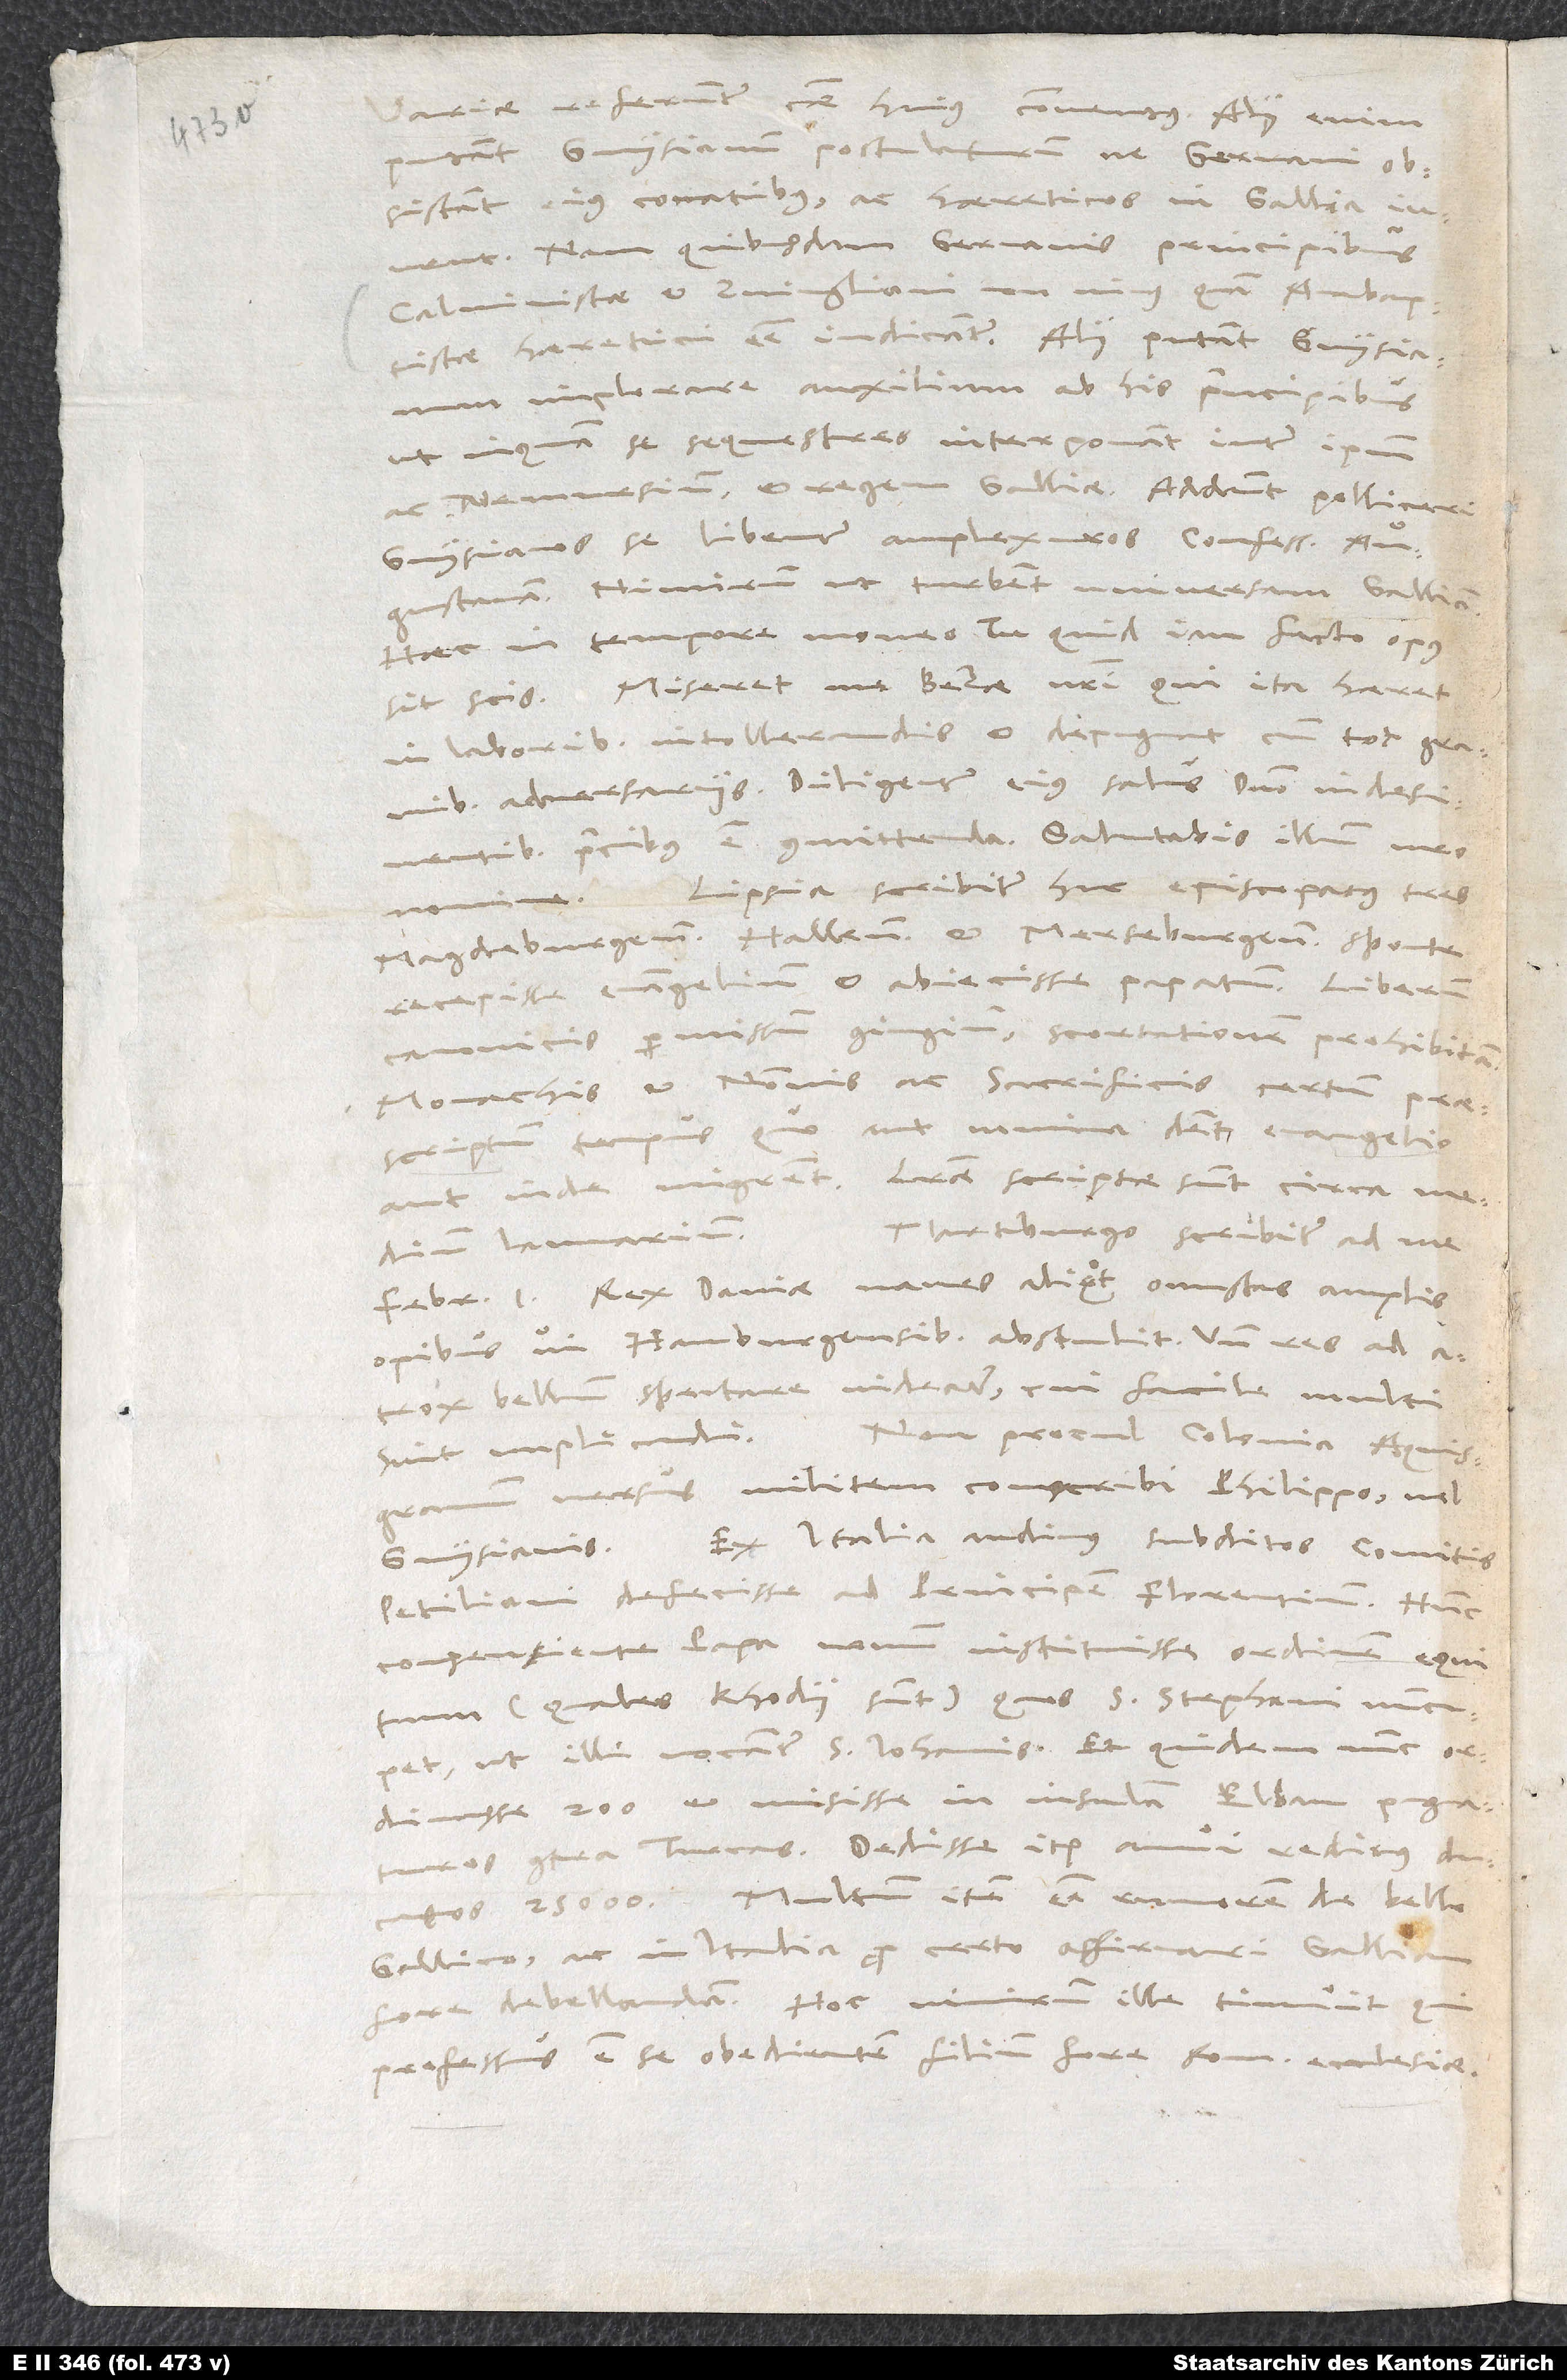
putant Guysianum postulaturum, ne Germani
obsistant eius conatibus ac haereticos in Gallia iuvent.
Nam quibusdam Germanis principibus
Calvinistae et Zvingliani non minus quam Anabaptistae
haeretici esse iudicantur. Alii putant Guysianum
implorare auxilium ab his principibus
ut, inquam, se sequestres interponant inter ipsum
ac Nemursium et regem Galliae. Addunt, polliceri
Guysianos se libenter amplexuros confessionem Augustanam.
Nimirum ut turbent universam Galliam.
Haec in tempore moneo: tu quid iam facto opus
in laboribus intollerandis et depugnat cum tot gravibus
adversariis. Diligenter eius salus domino indesinentibus
Lipsia scribitur huc, episcopatus tres,
Magdeburgensem, Hallensem et Merseburgensem sponte
accepisse evangelium et abiecisse papatum. Liberum
canonicis permissum coniugium, scortationem prohibitam:
monachis et nonnis ac sacrificis certum praescriptum
aut inde migrent. Literae scriptae sunt circa medium
Martburgo scribitur ad me
februarii 1: Rex Daniae naves aliquot onustas amplis
opibus vi Hamburgensibus abstulit: unde res ad
atrox bellum spectare videantur, cui facile multi
Non procul Colonia Aquisgranum
versus militem conscribi Philippo vel
Guysianis. Ex Italia audimus, subditos comitis
Petiliani defecisse ad principem Florentinum.
consentiente papa novum instituisse ordinem equitum,
(quales Rhodii sunt), quos S. Stephani nuncupet,
ut illi vocantur S. Iohannis. Et quidem nunc ordinasse
pugnaturos contra Turcas. Dedisse item annui reditus ducatos
25000. Multum item esse rumorem de bello
Gallico, ac in Italia pro certo affirmari Galliam
fore debellandam. Hoc nimirum ille timuit qui
professus est se obedientem filium fore romanae ecclesiae.